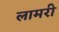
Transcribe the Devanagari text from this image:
लामरी